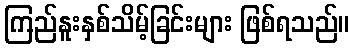
ကြည်နူးနှစ်သိမ့်ခြင်းများ ဖြစ်ရသည်။